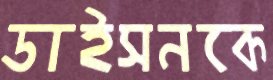
ডাইসনকে